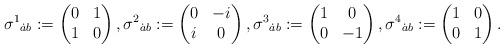
LaTeX: \begin{align*}\sigma^1{}_{\dot ab}:=\begin{pmatrix}0&1\\1&0\end{pmatrix},\sigma^2{}_{\dot ab}:=\begin{pmatrix}0&-i\\i&0\end{pmatrix},\sigma^3{}_{\dot ab}:=\begin{pmatrix}1&0\\0&-1\end{pmatrix},\sigma^4{}_{\dot ab}:=\begin{pmatrix}1&0\\0&1\end{pmatrix}.\end{align*}